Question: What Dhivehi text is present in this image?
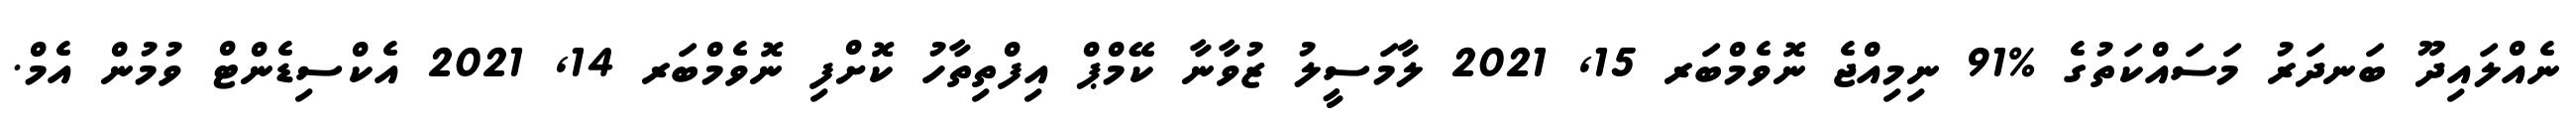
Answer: ނެއްލައިދޫ ބަނދަރު މަސައްކަތުގެ %91 ނިމިއްޖެ ނޮވެމްބަރ 15, 2021 ލާމަސީލު ޒުވާނާ ކޭމްޕް އިފްތިތާހު ކޮށްފި ނޮވެމްބަރ 14, 2021 އެކްސިޑެންޓް ވުމުން އެމް.